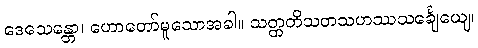
ဒေသေန္တော၊ ဟောတော်မူသောအခါ။ သတ္တတိသတသဟဿသင်္ချေယျေ၊